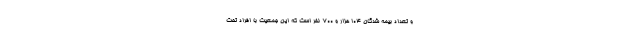
و تعداد بیمه شدگان ۱۰۴ هزار و ۷۰۰ نفر است که این جمعیت با افراد تحت